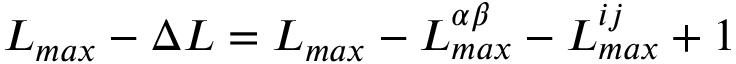
L _ { m a x } - \Delta L = L _ { m a x } - L _ { m a x } ^ { \alpha \beta } - L _ { m a x } ^ { i j } + 1